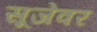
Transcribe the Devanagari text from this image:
सूजेवर